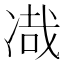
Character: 𰄂